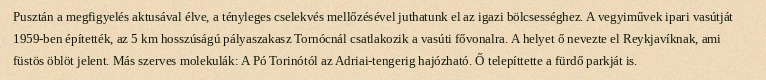
Pusztán a megfigyelés aktusával élve, a tényleges cselekvés mellőzésével juthatunk el az igazi bölcsességhez. A vegyiművek ipari vasútját 1959-ben építették, az 5 km hosszúságú pályaszakasz Tornócnál csatlakozik a vasúti fővonalra. A helyet ő nevezte el Reykjavíknak, ami füstös öblöt jelent. Más szerves molekulák: A Pó Torinótól az Adriai-tengerig hajózható. Ő telepíttette a fürdő parkját is.